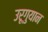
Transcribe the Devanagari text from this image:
उरूगुयान